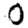
Digit: 0